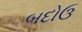
બદોઉ